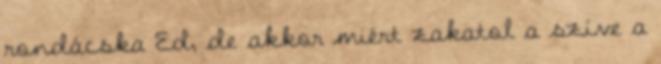
rondácska Ed, de akkor miért zakatol a szíve a